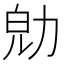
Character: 𠡞